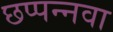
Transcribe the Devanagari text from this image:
छप्पन्नवा